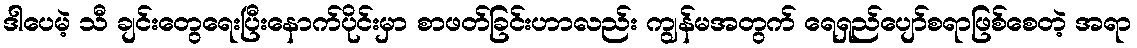
ဒါပေမဲ့ သီ ချင်းတွေရေးပြီးနောက်ပိုင်းမှာ စာဖတ်ခြင်းဟာလည်း ကျွန်မအတွက် ရေရှည်ပျော်စရာဖြစ်စေတဲ့ အရာ